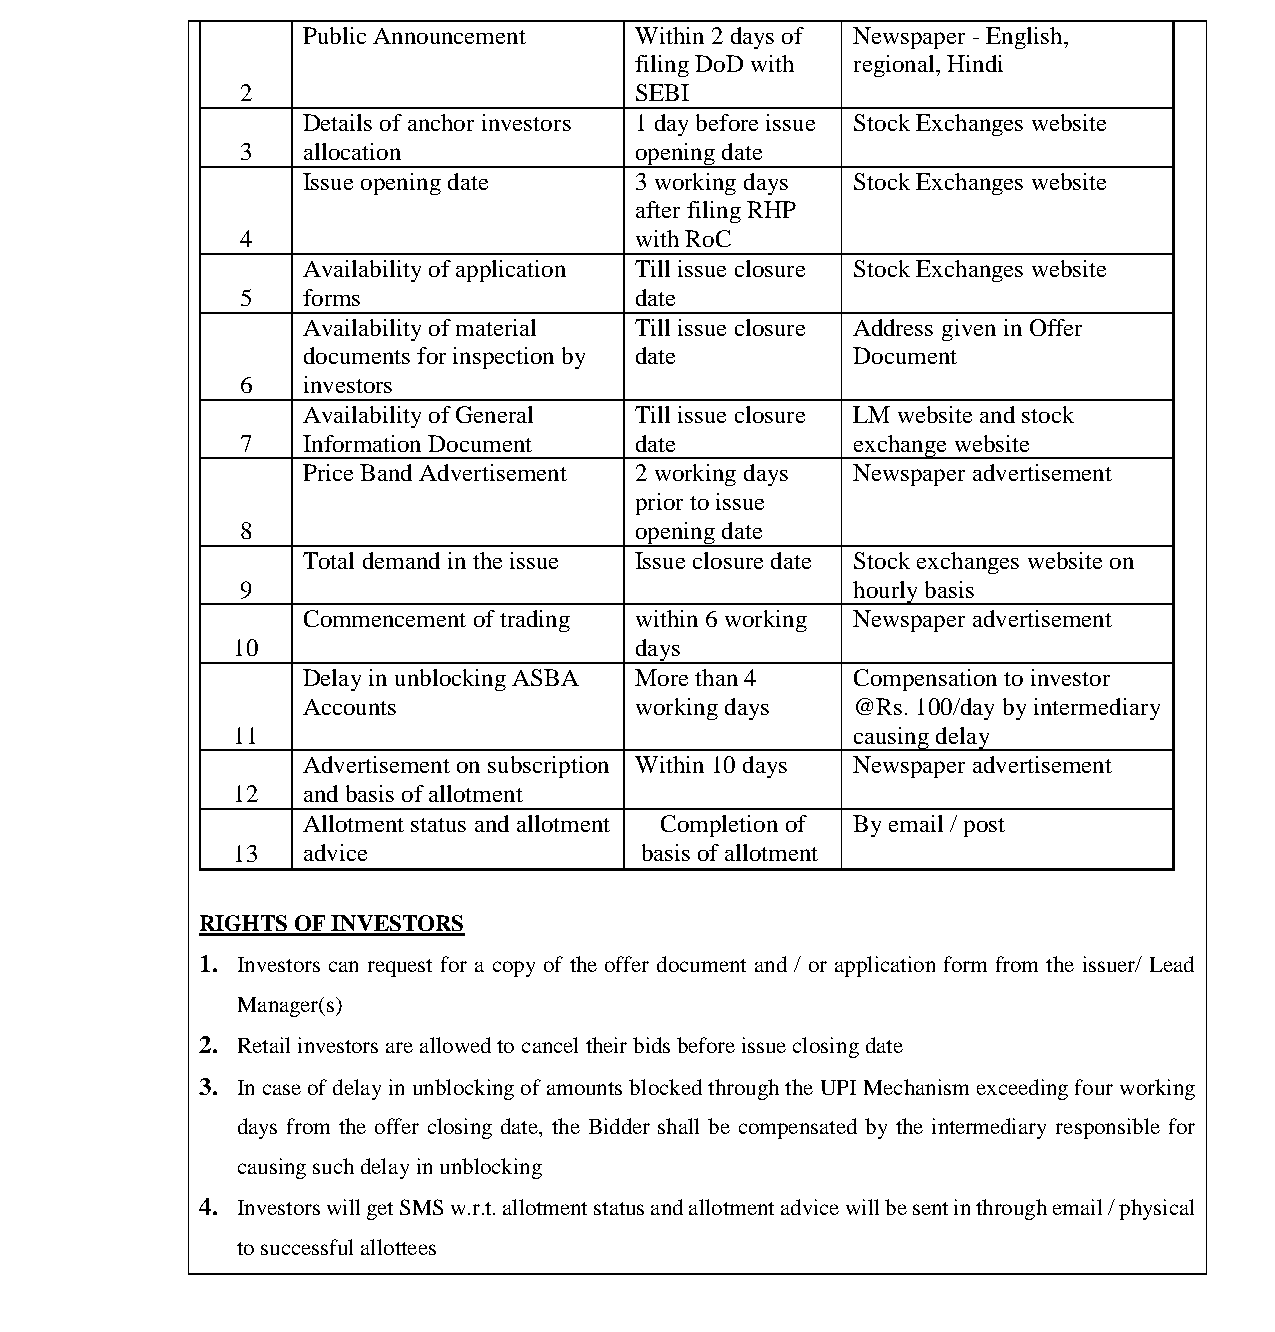
भारतीयप्रततभूततऔरवितिमयबोर्ड
 Securities and Exchange Board of India
 Public Announcement   Within 2 days of Newspaper - English,
 filing DoD with regional, Hindi
 2                         SEBI
 Details of anchor investors 1 day before issue Stock Exchanges website
 3   allocation            opening date
 Issue opening date    3 working days Stock Exchanges website
 after filing RHP
 4                         with RoC
 Availability of application Till issue closure Stock Exchanges website
 5   forms                 date
 Availability of material Till issue closure Address given in Offer
 documents for inspection by date    Document
 6   investors
 Availability of General Till issue closure LM website and stock
 7   Information Document  date          exchange website
 Price Band Advertisement 2 working days Newspaper advertisement
 prior to issue
 8                         opening date
 Total demand in the issue Issue closure date Stock exchanges website on
 9                                       hourly basis
 Commencement of trading within 6 working Newspaper advertisement
 10                         days
 Delay in unblocking ASBA More than 4 Compensation to investor
 Accounts              working days  @Rs. 100/day by intermediary
 11                                       causing delay
 Advertisement on subscription Within 10 days Newspaper advertisement
 12   and basis of allotment
 Allotment status and allotment Completion of By email / post
 13   advice                basis of allotment
 RIGHTS OF INVESTORS
 1. Investors can request for a copy of the offer document and / or application form from the issuer/ Lead
 Manager(s)
 2. Retail investors are allowed to cancel their bids before issue closing date
 3. In case of delay in unblocking of amounts blocked through the UPI Mechanism exceeding four working
 days from the offer closing date, the Bidder shall be compensated by the intermediary responsible for
 causing such delay in unblocking
 4. Investors will get SMS w.r.t. allotment status and allotment advice will be sent in through email / physical
 to successful allottees
 Page 4 of 52